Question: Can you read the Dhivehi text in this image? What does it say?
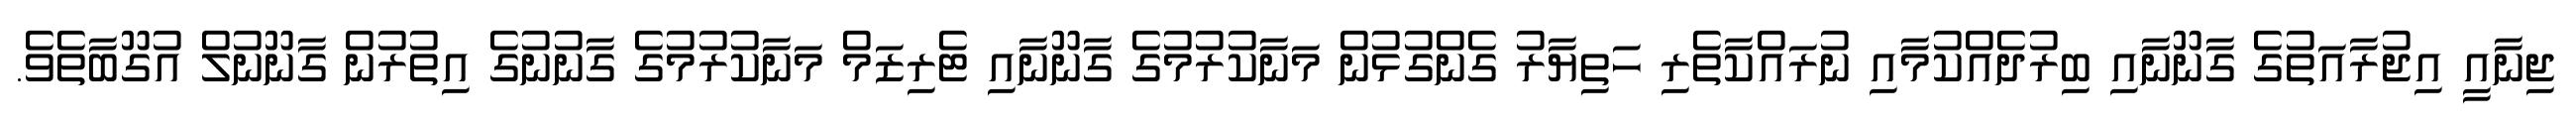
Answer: ޖިނާއީ އިޖުރާއަތުގެ ގާނޫނާއި ބިރުދެއްކުމާއި ނުރައްކާތެރި ހަތިޔާރު ގެންގުޅުން މަނާކުރުމުގެ ގާނޫނާއި ޓެރިޒަމް މަނާކުރުމުގެ ގާނުނުގެ އިތުރުން ގާނޫނުލް އުގޫބާތެވެ.